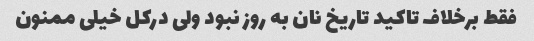
فقط برخلاف تاکید تاریخ نان به روز نبود ولی درکل خیلی ممنون